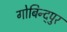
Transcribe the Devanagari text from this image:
गोबिन्द्पुर